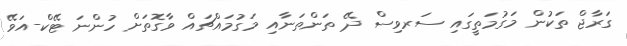
ގަރާޖް ތަކުން މަގުމަތީގައި ސަރވިސް ދޭ ތަންތަނާއި މަގުމައްޗައް ވާގޮތަށް ހުންނަ ޓޭކް-އަވޭ